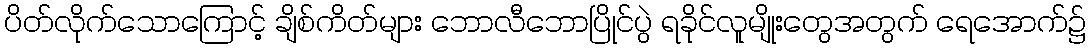
ပိတ်လိုက်သောကြောင့် ချိစ်ကိတ်များ ဘောလီဘောပြိုင်ပွဲ ရခိုင်လူမျိုးတွေအတွက် ရေအောက်၌